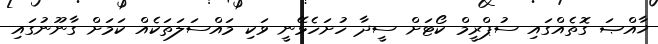
ޚާއްޞަ ގޮތެއްގައި ސުޕްރީމް ކޯޓަށް ސީދާ ހުށަހެޅޭނީ ވަކި މައްސަލަތަކެއް ކަމަށް ގާނޫނުގައި